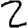
Digit: 2